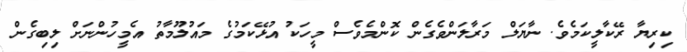
ކިރިޔާ ރޭކާލީކަމެވެ. ނާޔަލް މަރާލަންވެގެން ކޮންމެވެސް މީހަކު އުޅޭކަމުގެ މައުލޫމާތު އެމީހުންނަށް ލިބިގެން